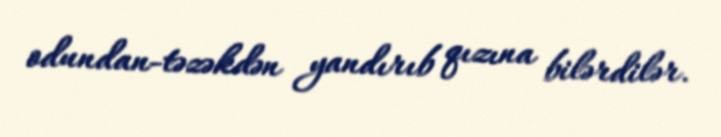
odundan-təzəkdən yandırıb qızına bilərdilər.